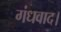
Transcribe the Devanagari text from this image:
गंधवाद।